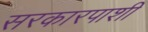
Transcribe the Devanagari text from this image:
सरकारपाशी